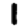
Digit: 1